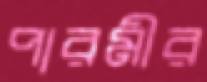
পারমীর